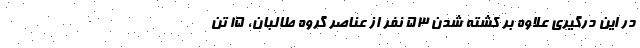
در این درگیری علاوه بر کشته شدن ۵۳ نفر از عناصر گروه طالبان، ۱۵ تن